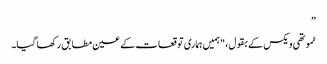
”
ٹموتھی ویکس کے بقول، "ہمیں ہماری توقعات کے عین مطابق رکھا گیا۔